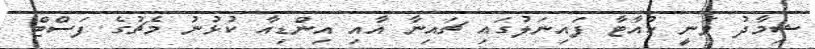
ޝިމާދު ވަނީ ކުއާޓާ ފައިނަލުގައި ޗައިނާ އާއި އިންޑިއާ ކުޅުނު މެޗުގެ ފަސްޓް